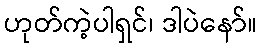
ဟုတ်ကဲ့ပါရှင်၊ ဒါပဲနော်။